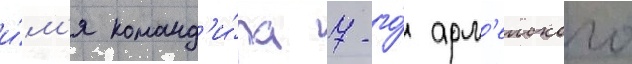
и́м'я команд'и́ра 7-го́ арм'еиского